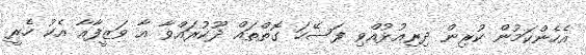
އެހެންކަމުން ކުރިން ދިރިއުޅުއްވި ފަސޭހަ ގޮތްތައް ދޫކުރައްވާ އާ ވަޒީފާއާ އެކު ހެރީ